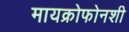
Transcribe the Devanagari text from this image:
मायक्रोफोनशी